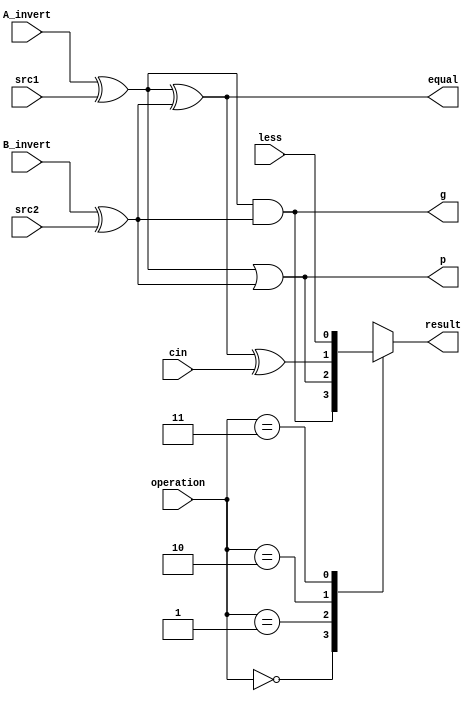

`timescale 1ns/1ps

module alu_top(
               src1,       //1 bit source 1 (input)
               src2,       //1 bit source 2 (input)
               less,       //1 bit less     (input)
               A_invert,   //1 bit A_invert (input)
               B_invert,   //1 bit B_invert (input)
               cin,        //1 bit carry in (input)
               operation,  //operation      (input)
               result,     //1 bit result   (output)
               p,
               g,
               equal,
);

input         src1;
input         src2;
input         less;
input 	     A_invert;
input         B_invert;
input         cin;
input [1:0]   operation;

output        result;

reg 		     result;
//Origin above

output        p;
output        g;
output        equal;

wire          input1,input2;
wire 	        And, Or, Add;
 
assign input1 = A_invert ^ src1;
assign input2 = B_invert ^ src2;
assign equal = input1 ^ input2;
assign And = input1 & input2;      //G
assign Or  = input1 | input2;      //P
assign Add = equal ^ cin;
assign p = Or;
assign g = And;

always@( * ) begin
   case (operation)
      2'b00 : result = And;
      2'b01 : result = Or;
      2'b10 : result = Add;
      2'b11 : result = less;
   endcase
end

endmodule